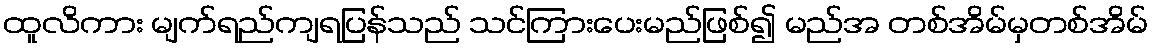
ထူလိကား မျက်ရည်ကျရပြန်သည် သင်ကြားပေးမည်ဖြစ်၍ မည်အ တစ်အိမ်မှတစ်အိမ်